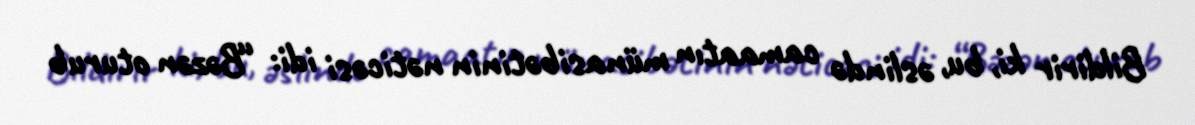
Bildirir ki, bu, əslində camaatın münasibətinin nəticəsi idi: “Bəzən oturub